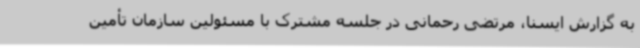
به گزارش ایسنا، مرتضی رحمانی در جلسه مشترک با مسئولین سازمان تأمین